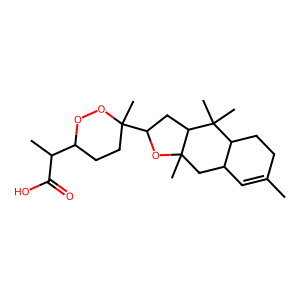
SMILES: CC1=CC2CC3(C)OC(C4(C)CCC(C(C)C(=O)O)OO4)CC3C(C)(C)C2CC1
Inhibits HIV replication: No